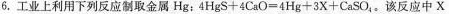
6. 工业上利用下列反应制取金属Hg； $$4 H g S + 4 C a O = 4 H g + 3 X + C a S O _ { 4 }$$。该反应中 X